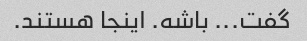
گفت... باشه. اینجا هستند.